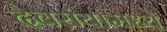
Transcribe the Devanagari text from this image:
देवरांयामध्ये